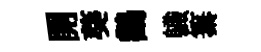
開葵鸛軄纂